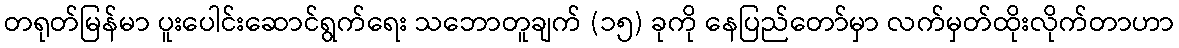
တရုတ်မြန်မာ ပူးပေါင်းဆောင်ရွက်ရေး သဘောတူချက် (၁၅) ခုကို နေပြည်တော်မှာ လက်မှတ်ထိုးလိုက်တာဟာ